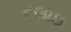
દલાઇ